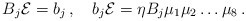
\begin{align*}B_j {\cal E} = b_j \, , \quad b_j {\cal E} = \eta B_j \mu_1\mu_2 \dots \mu_8 \, . \end{align*}